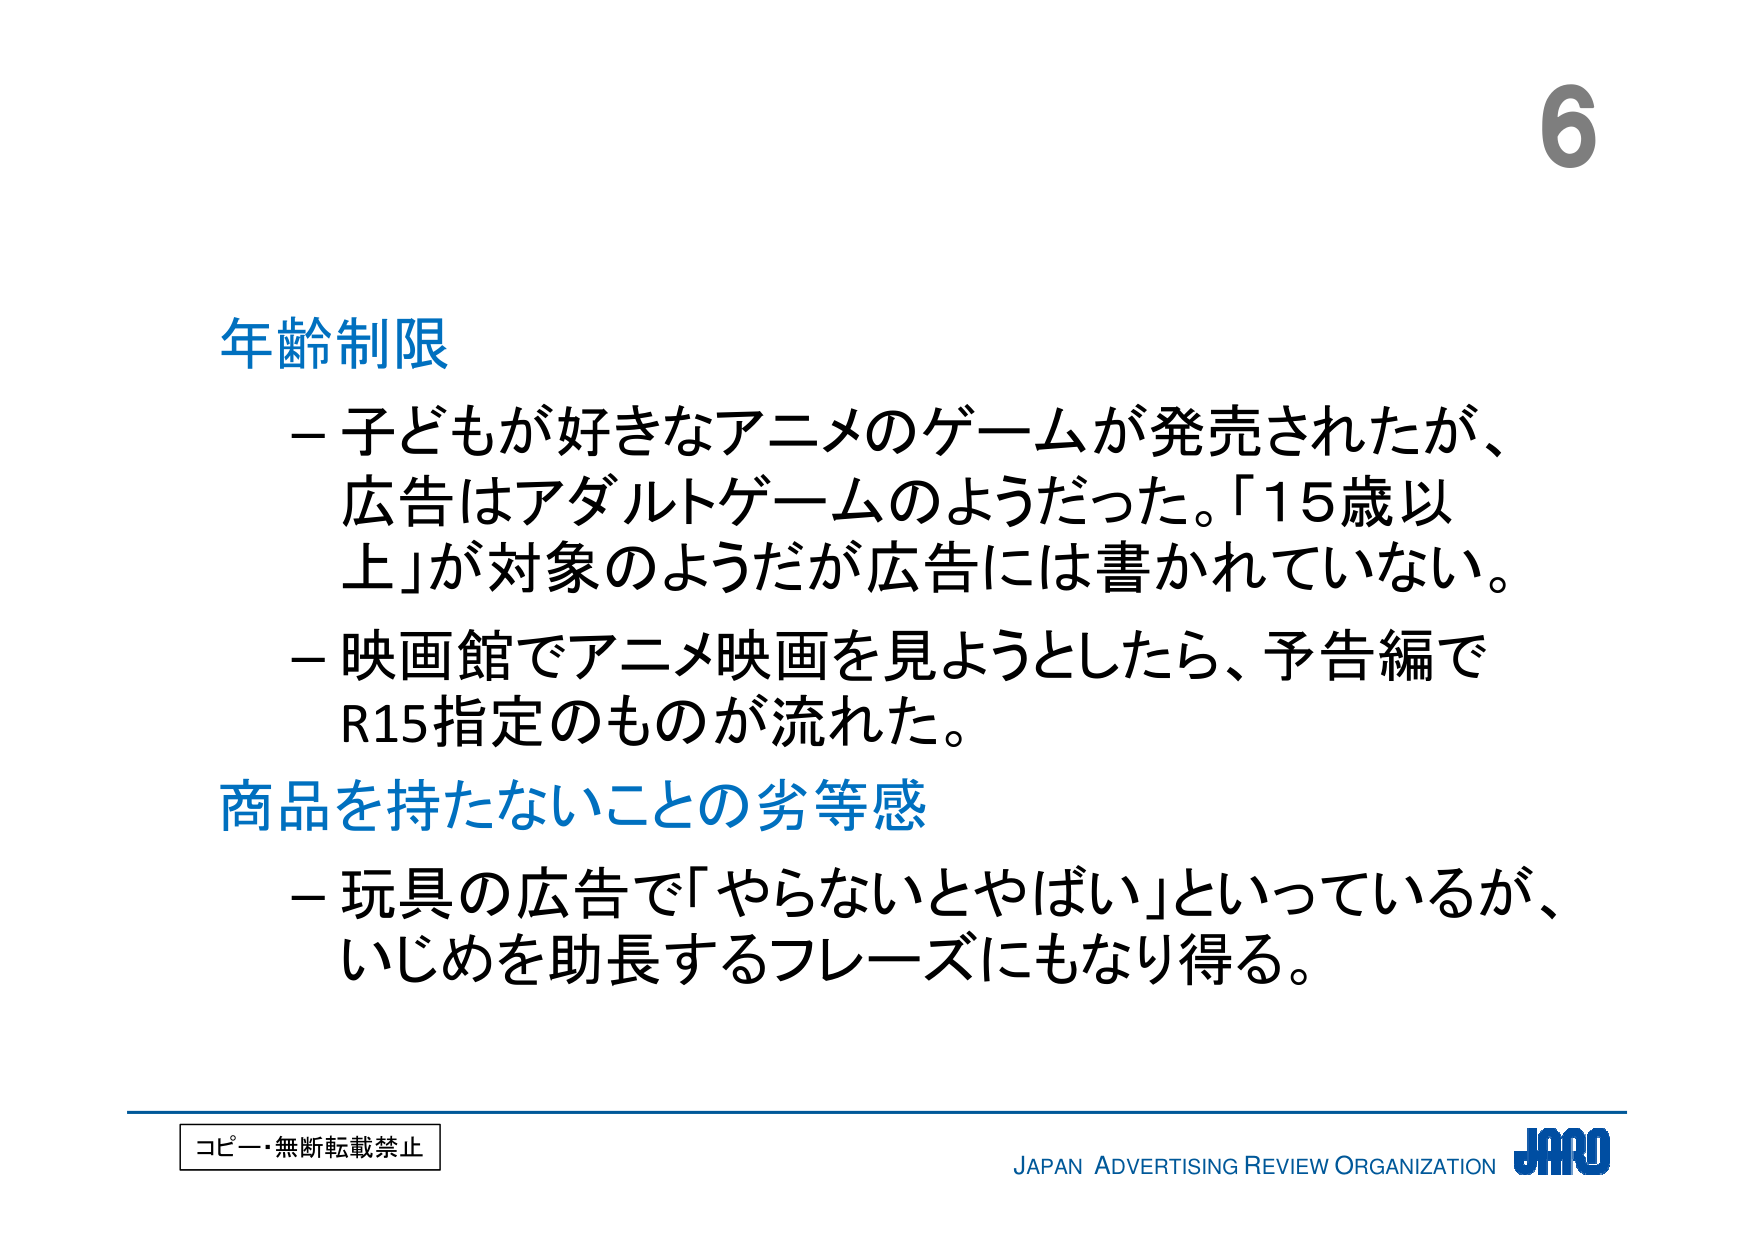
6

年齢制限
－子どもが好きなアニメのゲームが発売されたが、
広告はアダルトゲームのようだった。「15歳以
上」が対象のようだが広告には書かれていない。
－映画館でアニメ映画を見ようとしたら、予告編で
R15指定のものが流れた。

商品を持たないことの劣等感
－玩具の広告で「やらないとやばい」といっているが、
いじめを助長するフレーズにもなり得る。

コピー・無断転載禁止
JAPAN ADVERTISING REVIEW ORGANIZATION JARO